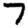
Digit: 7